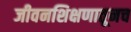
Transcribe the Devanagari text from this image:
जीवनशिक्षणातूनच